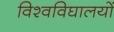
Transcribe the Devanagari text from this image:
विश्वविघालयों